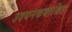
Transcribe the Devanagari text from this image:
उदयनकथाश्रित